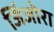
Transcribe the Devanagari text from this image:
जिंजोरा